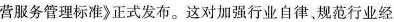
营服务管理标准》正式发布。这对加强行业自律、规范行业经